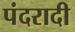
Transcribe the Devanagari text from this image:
पंदरादी